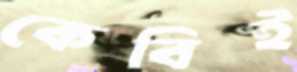
কেবিই